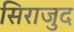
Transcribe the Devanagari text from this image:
सिराजुद